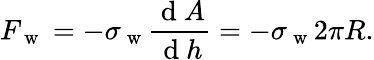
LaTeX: F_{\mathrm{~w~}}=-\sigma_{\mathrm{~w~}}\frac{\mathrm{~d~}A}{\mathrm{~d~}h}=-\sigma_{\mathrm{~w~}}2\pi R.